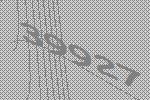
39927